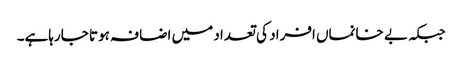
جبکہ بے خانماں افراد کی تعداد میں اضافہ ہوتا جارہاہے۔